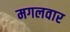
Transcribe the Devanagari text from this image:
मगलवार